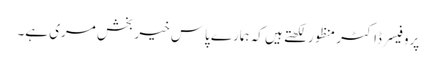
پروفیسر ڈاکٹر منظور لکھتے ہیں کہ ہمارے پاس خیربخش مری ہے۔